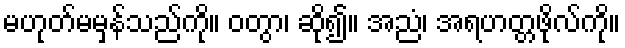
မဟုတ်မမှန်သည်ကို။ ဝတွာ၊ ဆို၍။ အညံ၊ အရဟတ္တဖိုလ်ကို။